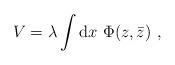
LaTeX: \begin{align*}V= \lambda\int {\rm d}x\ \Phi(z,{\bar z})\ ,\end{align*}